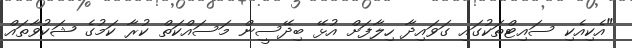
"އެކިއެކި ސައިޓްތަކުގައި ގަވައިދާ ހިލާފަށް އުޅޭ ބިދޭސީން މަސައްކަތް ކުރާ ކަމުގެ ޝަކުވާތައް